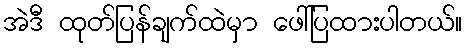
အဲဒီ ထုတ်ပြန်ချက်ထဲမှာ ဖေါ်ပြထားပါတယ်။